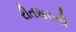
રીતસરની